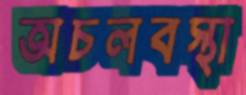
অচলবস্থা